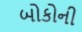
બોકોની